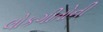
લોકગીતોની